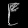
Digit: ၉